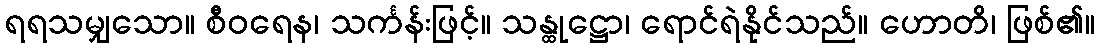
ရရသမျှသော။ စီဝရေန၊ သင်္ကန်းဖြင့်။ သန္ထုဋ္ဌော၊ ရောင်ရဲနိုင်သည်။ ဟောတိ၊ ဖြစ်၏။